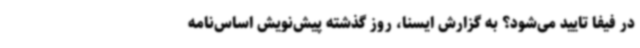
در فیفا تایید می‌شود؟ به گزارش ایسنا، روز گذشته پیش‌نویش اساس‌نامه